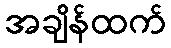
အချိန်ထက်